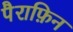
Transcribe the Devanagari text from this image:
पैराफ़िन